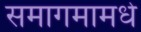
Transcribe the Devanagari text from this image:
समागमामधे